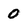
Character: 0